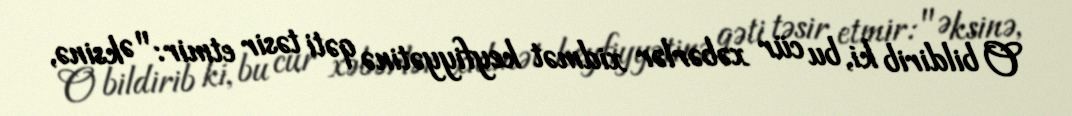
O bildirib ki, bu cür xəbərlər xidmət keyfiyyətinə qəti təsir etmir: "Əksinə,